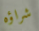
شراؤه